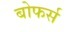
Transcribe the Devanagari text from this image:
बोफर्स